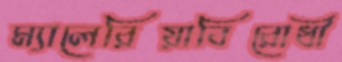
ম্যালেরিয়াবিরোধী